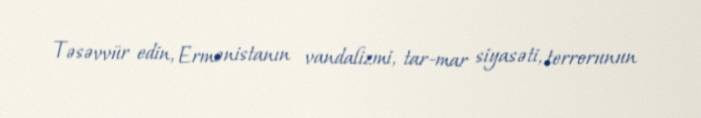
Təsəvvür edin, Ermənistanın vandalizmi, tar-mar siyasəti, terrorunun